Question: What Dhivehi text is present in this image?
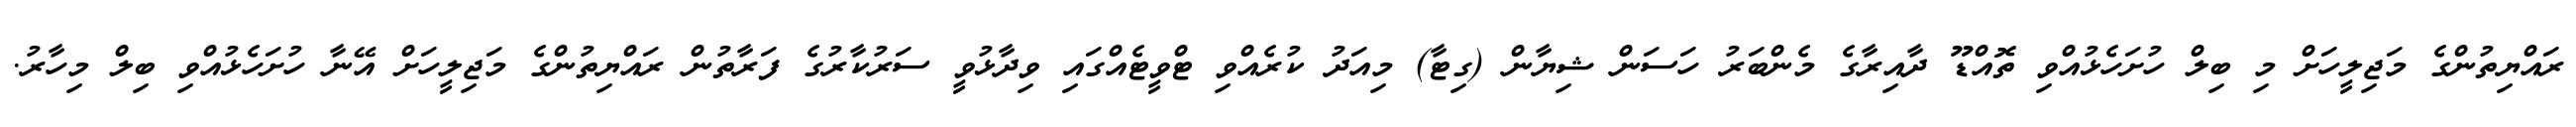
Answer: ރައްޔިތުންގެ މަޖިލީހަށް މި ބިލް ހުށަހެޅުއްވި ތޮއްޑޫ ދާއިރާގެ މެންބަރު ހަސަން ޝިޔާން (ގިޓާ) މިއަދު ކުރެއްވި ޓްވީޓެއްގައި ވިދާޅުވީ ސަރުކާރުގެ ފަރާތުން ރައްޔިތުންގެ މަޖިލީހަށް އޭނާ ހުށަހެޅުއްވި ބިލް މިހާރު.